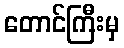
တောင်ကြီးမှ